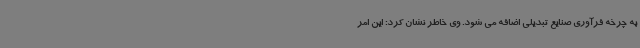
به چرخه فرآوری صنایع تبدیلی اضافه می شود. وی خاطر نشان کرد: این امر